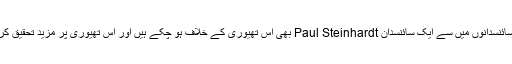
اس تھیوری کو بنانے والے چار سائنسدانوں میں سے ایک سائنسدان Paul Steinhardt بھی اس تھیوری کے خلاف ہو چکے ہیں اور اس تھیوری پر مزید تحقیق کرنے کو وقت کا ضیاع کہتے ہیں۔